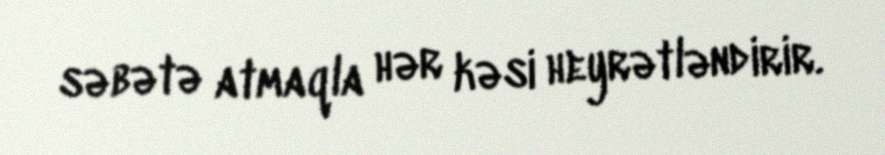
səbətə atmaqla hər kəsi heyrətləndirir.